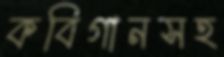
কবিগানসহ